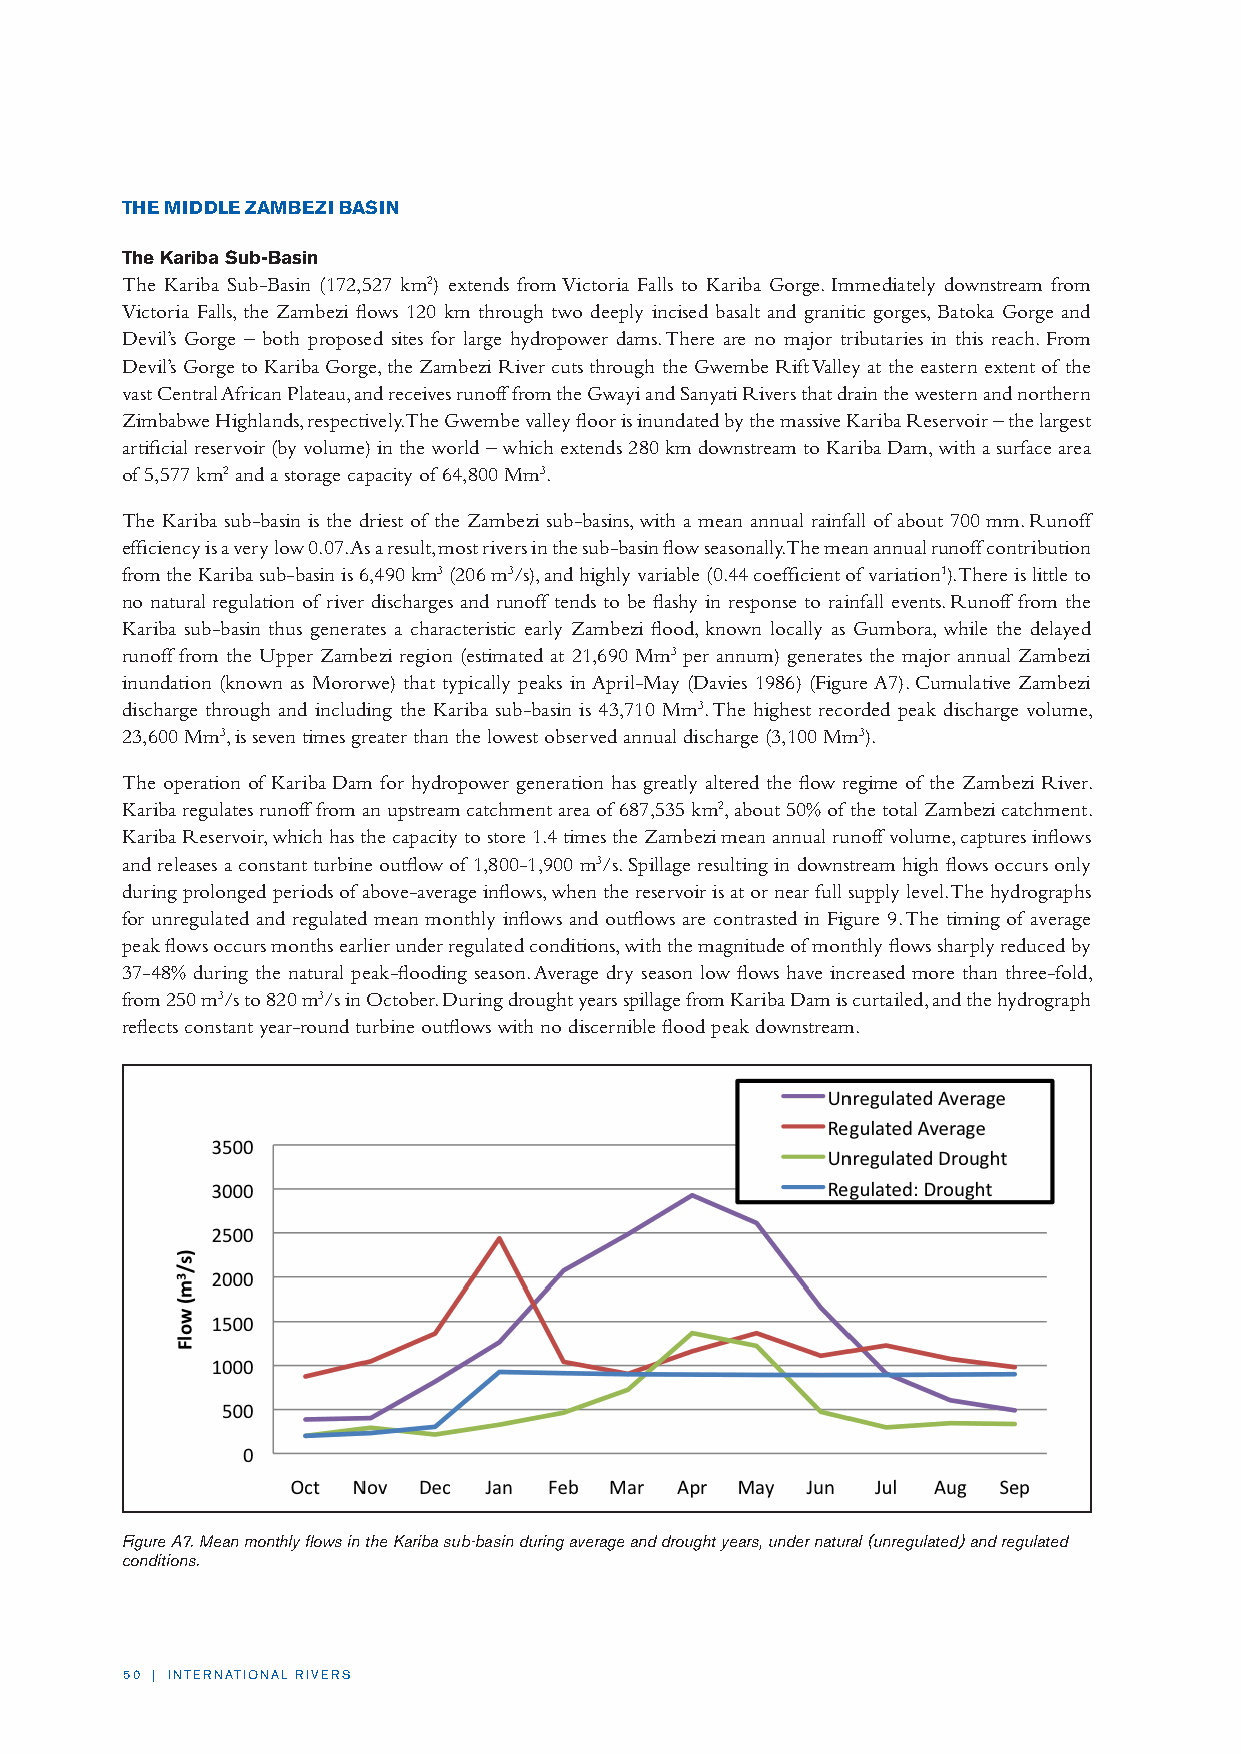
THE MIDDLE ZAMBEZI BASIN
 The Kariba Sub-Basin
 The Kariba Sub-Basin (172,527 km2) extends from Victoria Falls to Kariba Gorge. Immediately downstream from
 Victoria Falls, the Zambezi flows 120 km through two deeply incised basalt and granitic gorges, Batoka Gorge and
 Devil’s Gorge – both proposed sites for large hydropower dams. There are no major tributaries in this reach. From
 Devil’s Gorge to Kariba Gorge, the Zambezi River cuts through the Gwembe Rift Valley at the eastern extent of the
 vast Central African Plateau, and receives runoff from the Gwayi and Sanyati Rivers that drain the western and northern
 Zimbabwe Highlands, respectively. The Gwembe valley floor is inundated by the massive Kariba Reservoir – the largest
 artificial reservoir (by volume) in the world – which extends 280 km downstream to Kariba Dam, with a surface area
 of 5,577 km2 and a storage capacity of 64,800 Mm3.
 The Kariba sub-basin is the driest of the Zambezi sub-basins, with a mean annual rainfall of about 700 mm. Runoff
 efficiency is a very low 0.07. As a result, most rivers in the sub-basin flow seasonally. The mean annual runoff contribution
 from the Kariba sub-basin is 6,490 km3 (206 m3/s), and highly variable (0.44 coefficient of variation1). There is little to
 no natural regulation of river discharges and runoff tends to be flashy in response to rainfall events. Runoff from the
 Kariba sub-basin thus generates a characteristic early Zambezi flood, known locally as Gumbora, while the delayed
 runoff from the Upper Zambezi region (estimated at 21,690 Mm3 per annum) generates the major annual Zambezi
 inundation (known as Mororwe) that typically peaks in April-May (Davies 1986) (Figure A7). Cumulative Zambezi
 discharge through and including the Kariba sub-basin is 43,710 Mm3. The highest recorded peak discharge volume,
 23,600 Mm3, is seven times greater than the lowest observed annual discharge (3,100 Mm3).
 The operation of Kariba Dam for hydropower generation has greatly altered the flow regime of the Zambezi River.
 Kariba regulates runoff from an upstream catchment area of 687,535 km2, about 50% of the total Zambezi catchment.
 Kariba Reservoir, which has the capacity to store 1.4 times the Zambezi mean annual runoff volume, captures inflows
 and releases a constant turbine outflow of 1,800-1,900 m3/s. Spillage resulting in downstream high flows occurs only
 during prolonged periods of above-average inflows, when the reservoir is at or near full supply level. The hydrographs
 for unregulated and regulated mean monthly inflows and outflows are contrasted in Figure 9. The timing of average
 peak flows occurs months earlier under regulated conditions, with the magnitude of monthly flows sharply reduced by
 37-48% during the natural peak-flooding season. Average dry season low flows have increased more than three-fold,
 from 250 m3/s to 820 m3/s in October. During drought years spillage from Kariba Dam is curtailed, and the hydrograph
 reflects constant year-round turbine outflows with no discernible flood peak downstream.
 Figure A7. Mean monthly flows in the Kariba sub-basin during average and drought years, under natural (unregulated) and regulated
 conditions.
 50 | INTERNATIONAL RIVERS